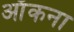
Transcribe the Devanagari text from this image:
आँकना